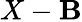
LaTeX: X-\mathbf{B}